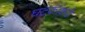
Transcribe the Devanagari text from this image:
घटकांकडे